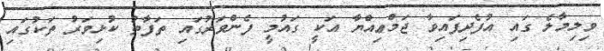
ވިލިމާލެ ގައި އުފެދިފައިވާ ޖަމްޢިއްޔާ އަކީ ގައުމީ ފެންވަރުގައި ތަފާތު ކުޅިވަރު ތަކުގައި